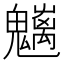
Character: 𩴭